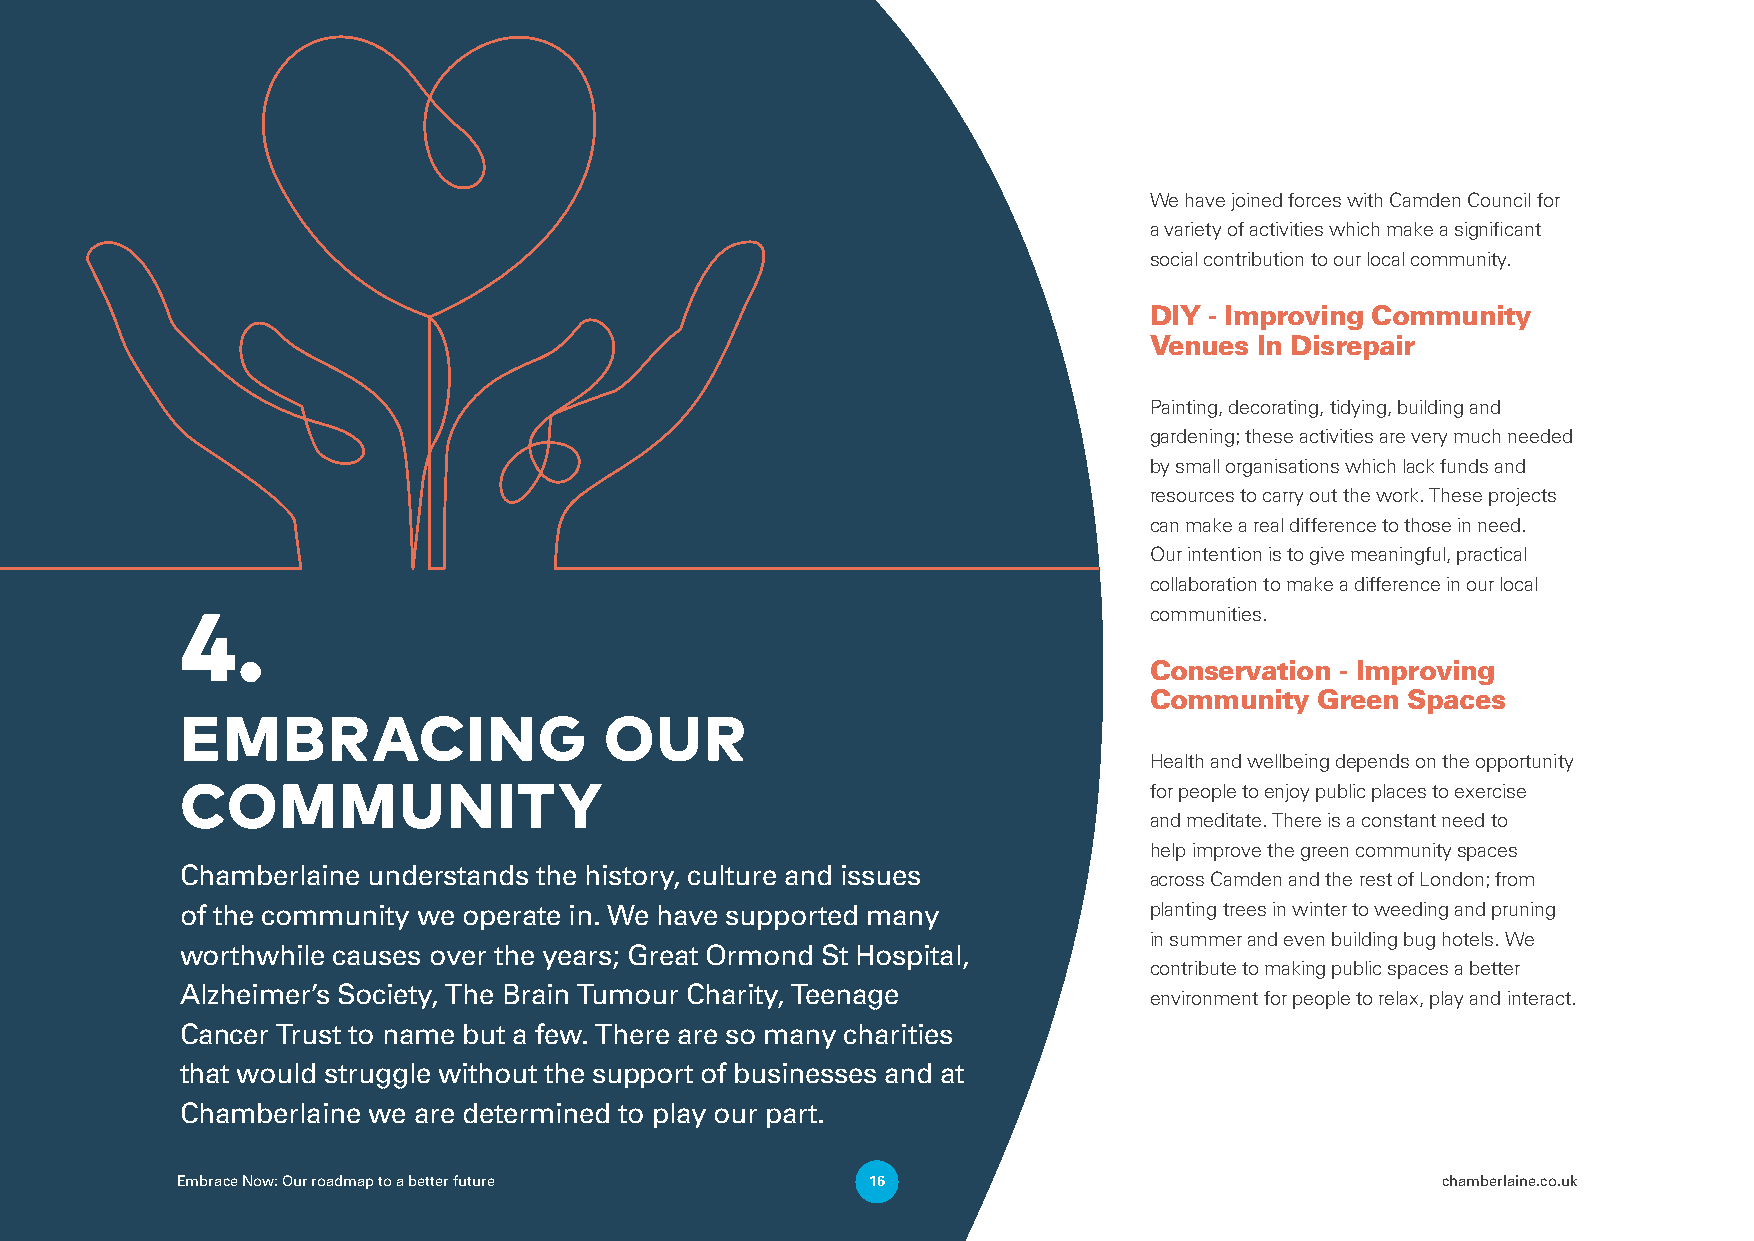
We have joined forces with Camden Council for
 a variety of activities which make a significant
 social contribution to our local community.
 DIY - Improving Community
 Venues In Disrepair
 Painting, decorating, tidying, building and
 gardening; these activities are very much needed
 by small organisations which lack funds and
 resources to carry out the work. These projects
 can make a real difference to those in need.
 Our intention is to give meaningful, practical
 collaboration to make a difference in our local
 4.                                                              communities.
 Conservation - Improving
 Community  Green Spaces
 EMBRACING                   OUR
 Health and wellbeing depends on the opportunity
 COMMUNITY                                                       for people to enjoy public places to exercise
 and meditate. There is a constant need to
 help improve the green community spaces
 Chamberlaine understands the history, culture and issues
 across Camden and the rest of London; from
 of the community we operate in. We have supported many          planting trees in winter to weeding and pruning
 in summer and even building bug hotels. We
 worthwhile causes over the years; Great Ormond St Hospital,
 contribute to making public spaces a better
 Alzheimer’s Society, The Brain Tumour Charity, Teenage          environment for people to relax, play and interact.
 Cancer Trust to name but a few. There are so many charities
 that would struggle without the support of businesses and at
 Chamberlaine we are determined to play our part.
 Embrace Now: Our roadmap to a better future   16                                   chamberlaine.co.uk